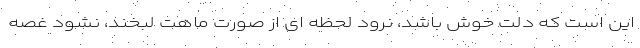
این است که دلت خوش باشد، نرود لحظه ای از صورت ماهت لبخند، نشود غصه